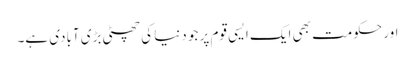
اور حکومت بھی ایک ایسی قوم پر جو دنیا کی چھٹی بڑی آبادی ہے۔